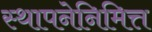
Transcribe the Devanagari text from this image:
स्थापनेनिमित्त